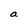
Character: a